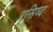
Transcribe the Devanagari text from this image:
प्रसिध्‍द